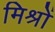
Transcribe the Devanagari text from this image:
मिश्रों